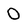
Character: 0